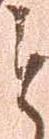
と